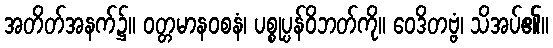
အတိတ်အနက်၌။ ဝတ္တမာနဝစနံ၊ ပစ္စုပ္ပန်ဝိဘတ်ကို။ ဝေဒိတဗ္ဗံ၊ သိအပ်၏။